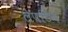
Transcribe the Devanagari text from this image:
लेपटिन